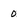
Character: 0